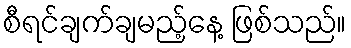
စီရင်ချက်ချမည့်နေ့ ဖြစ်သည်။